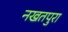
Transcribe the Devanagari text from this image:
नखतपुरा